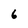
Character: 6